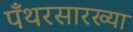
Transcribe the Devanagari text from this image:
पँथरसारख्या